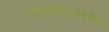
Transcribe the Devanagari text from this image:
धीरशंकरभरणम